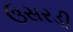
ઉસરડી